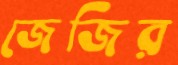
জেজির